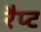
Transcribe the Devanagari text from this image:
रैप्ट